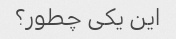
این یکی چطور؟